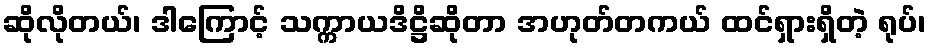
ဆိုလိုတယ်၊ ဒါကြောင့် သက္ကာယဒိဋ္ဌိဆိုတာ အဟုတ်တကယ် ထင်ရှားရှိတဲ့ ရုပ်၊